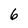
Character: 6